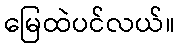
မြေထဲပင်လယ်။